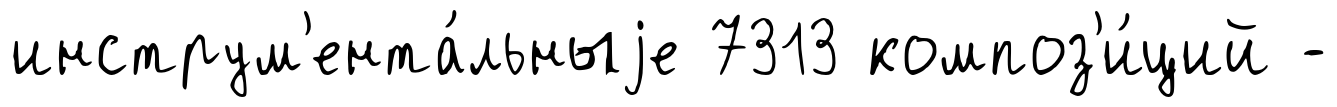
инструм'ента́льныjе 7313 композ'и́ций -